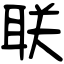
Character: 联